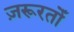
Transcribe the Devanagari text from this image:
ज़रूरतोँ